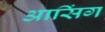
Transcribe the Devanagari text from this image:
आसिंग